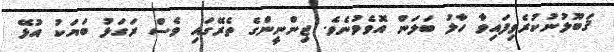
ޤަބޫލުނުކުރެވިފައިވާ ހާލު ބަލަން އޮވެވުނެވެ. ޖިންނީންގެ ތެރޭގައި ވެސް ރަގަޅު ބަޔަކު އުޅޭ